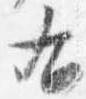
右